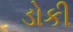
ડોકી